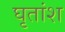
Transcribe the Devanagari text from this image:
घृतांश